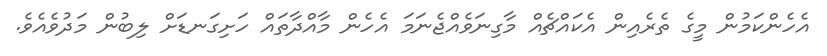
އެހެންކަމުން މީގެ ތެރެއިން އެކައްޗެއް މާގިނަވެއްޖެނަމަ އެހެން މާއްދާތައް ހަށިގަނޑަށް ލިބުން މަދުވެއެވެ.